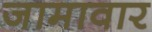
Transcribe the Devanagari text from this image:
जामावार